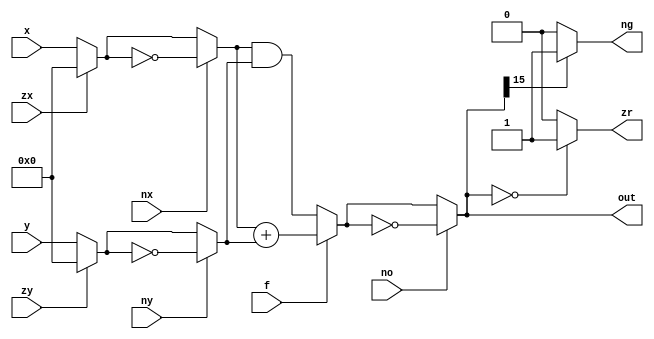
module alu (
    input [15:0] x,
    input [15:0] y,
    input zx, nx, zy, ny, f, no,
    
    output [15:0] out,
    output zr,
    output ng
);

    reg [15:0] r_x_a;
    reg [15:0] r_x;
    
    reg [15:0] r_y_a;
    reg [15:0] r_y;
    reg [15:0] r_out = 16'b0;
    reg r_zr;
    reg r_ng;
    
    always @ (*) begin

        // if (zx == 1) set x = 0 
        if (zx == 1) begin 
            r_x_a = 16'b0;      
        end else begin
            r_x_a = x;
        end
        
        // if (nx == 1) set x = !x
        if (nx == 1) begin
            r_x = ~r_x_a;
        end else begin
            r_x = r_x_a;
        end
        
        
        // if (zy == 1) set y = 0
        if (zy) begin
            r_y_a = 1'b0;
        end else begin
            r_y_a = y;
        end
        
        // if (ny == 1) set y = !y
        if (ny == 1) begin
            r_y = ~r_y_a;
        end else begin
            r_y = r_y_a;
        end
        
        // if (f == 1)  set out = x + y else set out = x & y
        if (f == 1) begin
            r_out = r_x + r_y;
        end else begin
            r_out = r_x & r_y;
        end
        
        // if (no == 1) set out = !out
        if (no == 1) begin
            r_out = ~r_out;
        end else begin
            r_out = r_out;
        end
        

        // if (out == 0) set zr = 1
        if (r_out == 0) begin
            r_zr = 1'b1;
        end else begin
            r_zr = 1'b0;
        end
        

        // if (out < 0) set ng = 1
        if (r_out[15] == 1) begin
            r_ng = 1'b1;
        end else begin
            r_ng = 1'b0;
        end
        
    end
    
    assign out = r_out;
    assign zr = r_zr;
    assign ng = r_ng;
    

endmodule